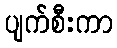
ပျက်စီးကာ